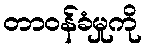
တာဝန်ခံမှုကို